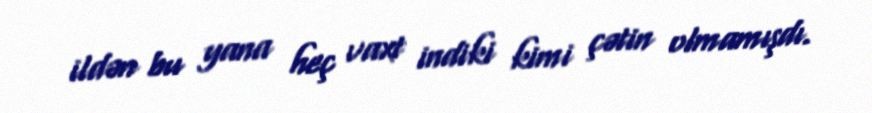
ildən bu yana heç vaxt indiki kimi çətin olmamışdı.